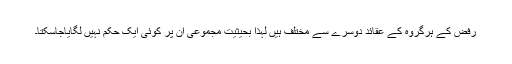
رفض کے ہرگروہ کے عقائد دوسرے سے مختلف ہیں لہذا بحیثیت مجموعی ان پر کوئی ایک حکم نہیں لگایاجاسکتا۔